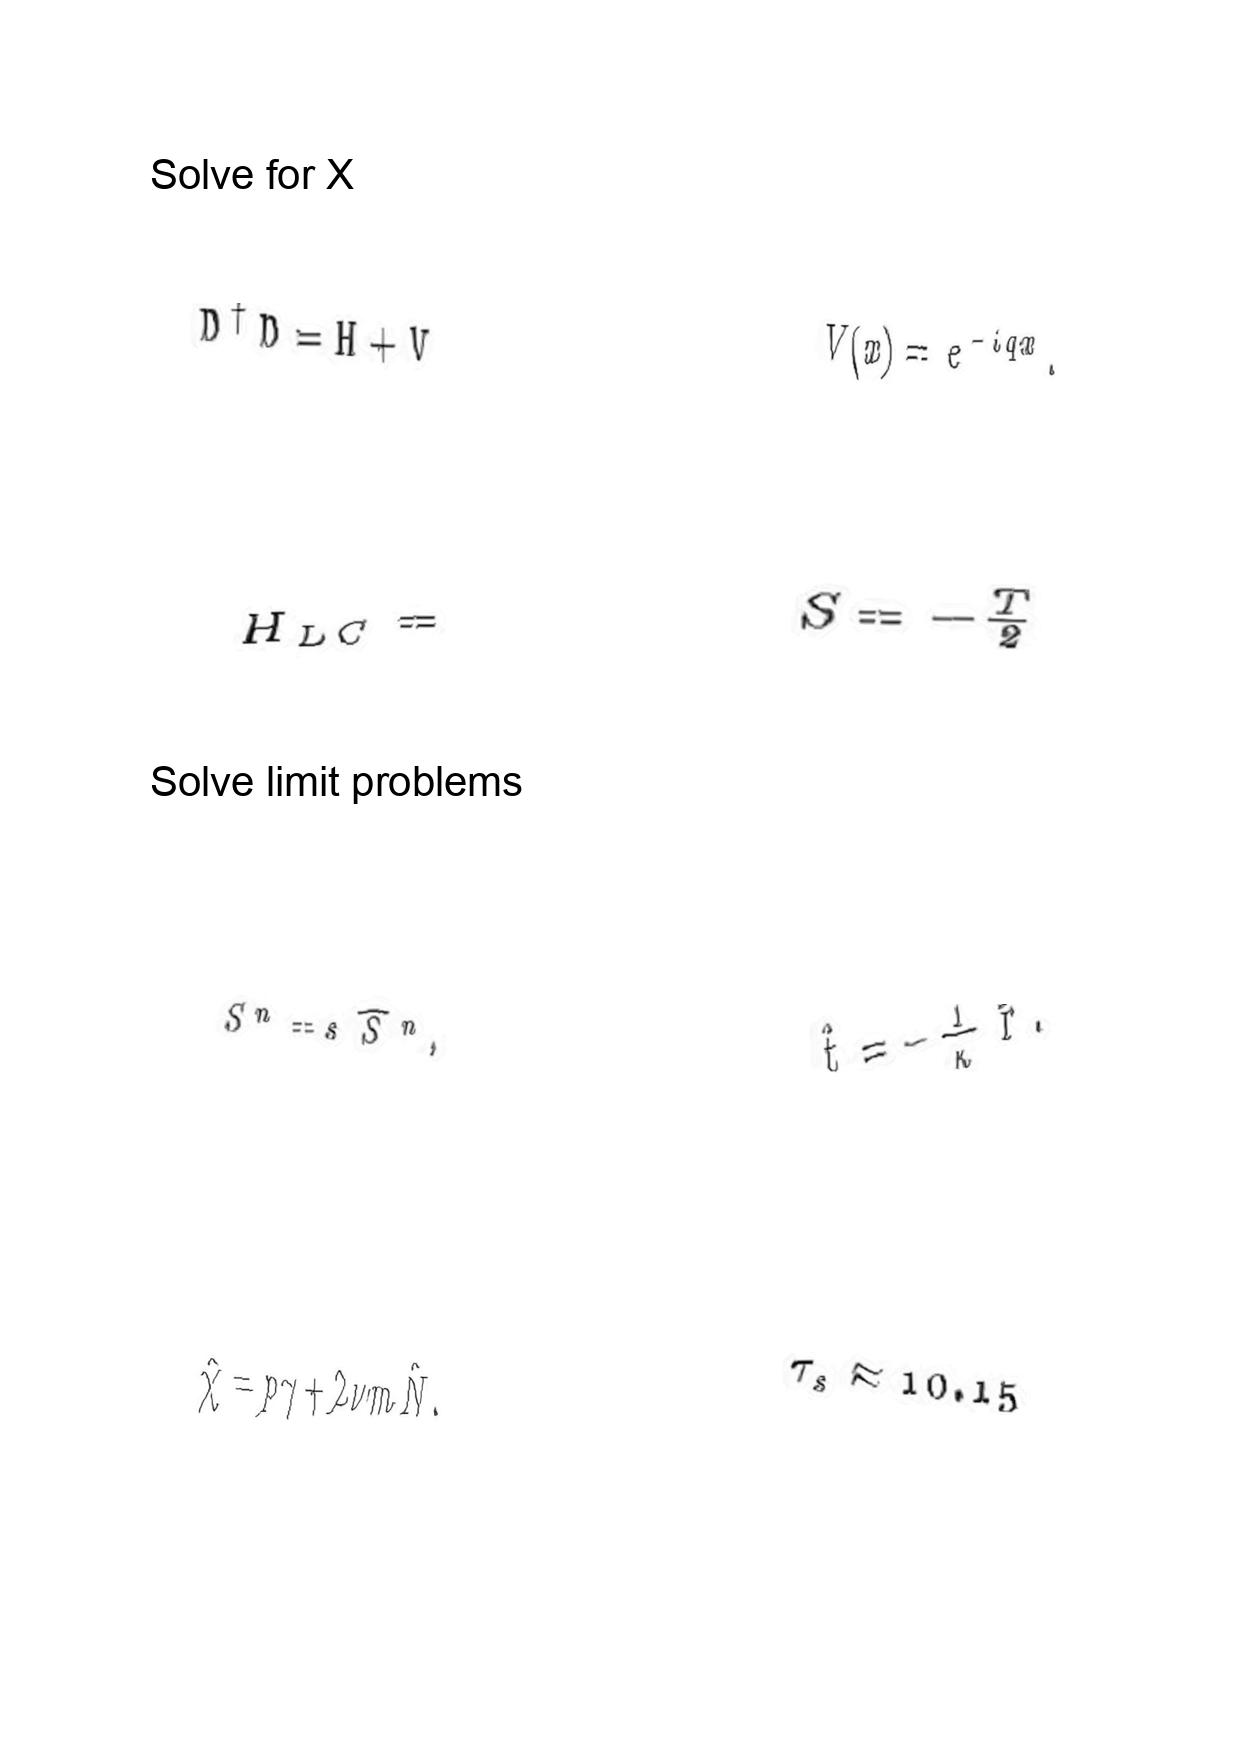
LaTeX transcription:
D ^ { \dagger } D = H + V
H _ { L C } =
S ^ { n } = s \hat { S } ^ { n } ,
\hat { \chi } = p \gamma + 2 \nu m \hat { N } .
V \lparen x \rparen = e ^ { - i q x } .
S = - \frac { T } { 2 }
\hat { t } = - \frac { 1 } { \kappa } \hat { r } .
\tau _ { s } \approx 1 0 . 1 5